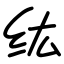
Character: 纮